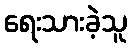
ရေးသားခဲ့သူ